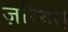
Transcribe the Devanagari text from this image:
ज़रिया।